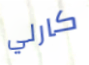
كارلي